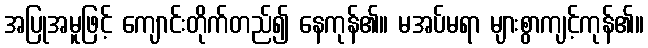
အပြုအမူဖြင့် ကျောင်းတိုက်တည်၍ နေကုန်၏။ မအပ်မရာ များစွာကျင့်ကုန်၏။